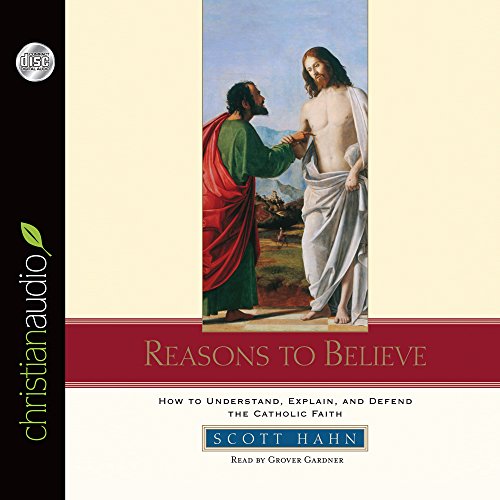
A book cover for Reasons to Believe: How to Understand, Defend, and Explain the Catholic Faith; Scott Hahn; Religion & Spirituality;